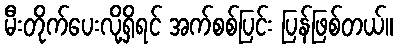
မီးတိုက်ပေးလို့ရှိရင် အက်စစ်ပြင်း ပြန်ဖြစ်တယ်။